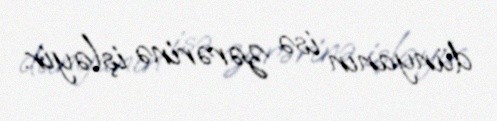
dünyanın isə zərərinə işləyir.